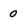
Character: 0